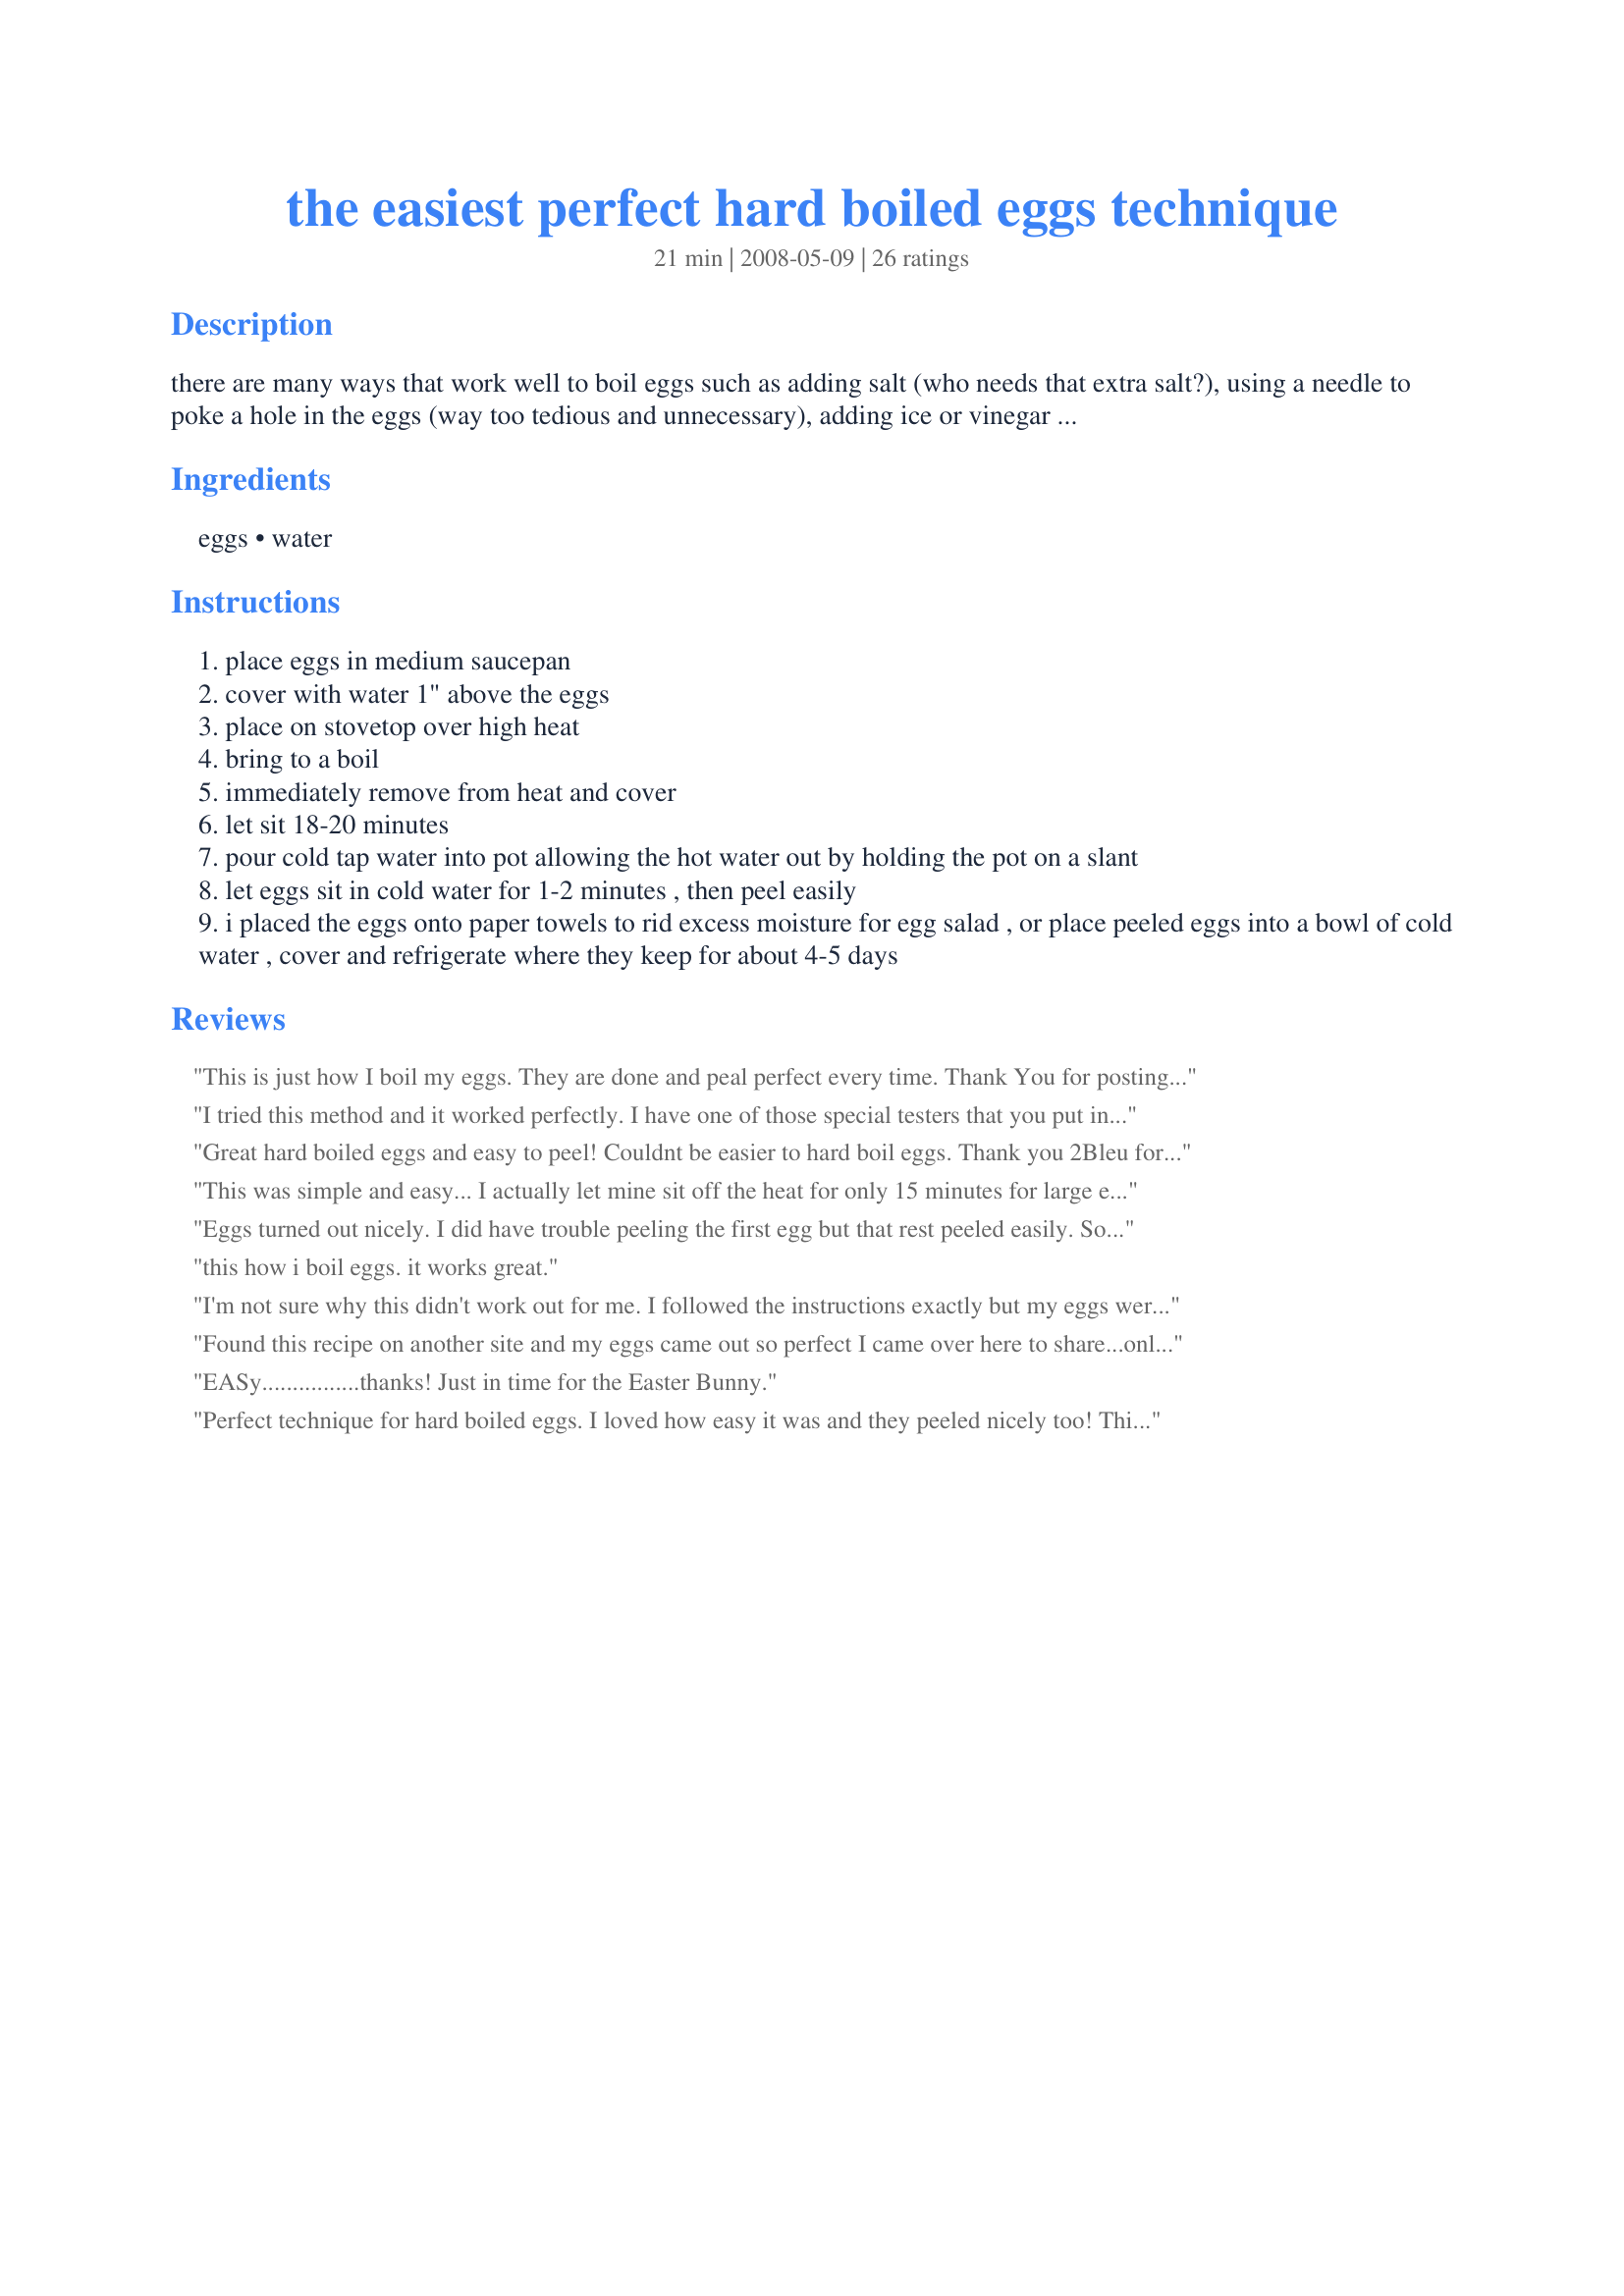
the easiest perfect hard boiled eggs technique
Preparation time: 21 minutes

there are many ways that work well to boil eggs such as adding salt (who needs that extra salt?), using a needle to poke a hole in the eggs (way too tedious and unnecessary), adding ice or vinegar for easy peeling, etc., etc., etc. unfortunately, those methods are all too time consuming for most people. i've been using this technique since i was a teenager (so long ago).
this technique is perfect and the absolute simplest above all the others. oh, and no utensils needed either, how cool is that!?! :) a similar method for pasta is recipe #30358

Ingredients:
eggs, water

Steps:
place eggs in medium saucepan
cover with water 1" above the eggs
place on stovetop over high heat
bring to a boil
immediately remove from heat and cover
let sit 18-20 minutes
pour cold tap water into pot allowing the hot water out by holding the pot on a slant
let eggs sit in cold water for 1-2 minutes , then peel easily
i placed the eggs onto paper towels to rid excess moisture for egg salad , or place peeled eggs into a bowl of cold water , cover and refrigerate where they keep for about 4-5 days

Reviews:
This is just how I boil my eggs. They are done and peal perfect every time. Thank You for posting. Hugs
I tried this method and it worked perfectly. I have one of those special testers that you put in the water and that doesn't give as good of results! I will do this everytime from now on. thanks!
Great hard boiled eggs and easy to peel! Couldnt be easier to hard boil eggs. Thank you 2Bleu for sharing this recipe with us. Made and reviewed for April's TOTM Easter Egg Tag Game.
This was simple and easy... I actually let mine sit off the heat for only 15 minutes for large eggs and they turned out beautiful!!! I let them sit in some ice cold water for 10 minutes ( I forgot about them!) before I got to peel them... I really like this method since it really does produce a pretty egg... Thanks for sharing!!!
Eggs turned out nicely. I did have trouble peeling the first egg but that rest peeled easily. So, it must of been the egg. Thanks! Made for the Best of 2009 Cookbook Swap.
this how i boil eggs. it works great.
I'm not sure why this didn't work out for me. I followed the instructions exactly but my eggs were so soft that they broke in half when I tried to peel them, and they didn't peel easily either.
Found this recipe on another site and my eggs came out so perfect I came over here to share...only to realize I could've found this recipe a long time ago thanks to your post. Wish I'd found this in time for Easter this year. I will never hard boil eggs any differently. The recipe I originally saw said to keep the eggs in hot water for 12 minutes. I didn't really time it...took my two-year-old for a walk and when I came back they were done. Easy! Thanks.
EASy................thanks! Just in time for the Easter Bunny.
Perfect technique for hard boiled eggs. I loved how easy it was and they peeled nicely too! This is the way I'll be doing my hard boiled eggs from now on. Thanks!!
I've given up on other ways to hard-cook and egg. Steaming works better than any other way I've tried, and the eggs always peel easily, fresh or not. It is also faster because the smaller amount of water needed to steam them comes to boil faster. I find about 12 minutes for large eggs works well. Try it. Once you do, it will be the way you hard-cook eggs in the future.
So the first time around, I failed to read the recipe closely enough, and didn't cover the pan -- this didn't turn out so good...but the second time, it was wonderful. Why waste all that energy cooking when the heated water will do the work all by itself? Thanks so for posting this idea, and reminding us that there is often a better way to do simple things....
Great big hunks of white peeled off with the shell...just like EVERY OTHER METHOD I have tried a lot of methods for hard boiling eggs. Don't get your hopes up on this one.
This worked for me! I definitely didn't want to fuss with vinegar and salt, too much of a hassle to boil eggs. 20 minutes and it was cooked through and the soak in cold water made them easy to peel. Thanks Lynnda :)
I made these yesterday for deviled eggs, cooked 12 eggs, per you'r instructions. Something went wrong, but I am trying to find out what, They looked perfect.. first sign of trouble was, I couldn't squeeze the yolk out of the white of the egg. I had to "dig" with a spoon, about 3/4 of the yolks out of the whites. Then when I proceeded to mash the yolks to prepare for deviled eggs, I had lumps of, uncooked egg yolks. They were rubbery. I suspect needed longer cooking for the extra eggs to be the culprit. All in all I love you'r cooking method and will use it any time I need hard boiled eggs. Thanks for posting 2Bleu.
I've been hard boiling eggs this way for a long time. Very easy and now I don't have to worry about forgetting my eggs and boiling them dry!
Wow! Great tip! At first I thought: Come on!How hard can it be to boil eggs?! Then, I remembered my DH, almost accomplish to burn them once. I like showing off to my friends with these kind of tips (anyway, since I'm on the zaar my dishes are most popular:_wink ) it makes me look as I've been cooking for a longer time than I actually do!
2Bleu, this is exactly how I boil my eggs. It works great every time!
This is a great technique. I used eggs that were not too old and they turned out perfect. I'll always do that from now on. Thanks 2Bleu :) Made for Alphabet tag game
Truly perfect way to cook hard boiled eggs. I usually pour the hot water into my dishpan to use for washing dishes (no dishwasher and our water is on a meter) and add ice cubes to the cold water. Before adding the ice water you can shake the pan to crack the egg shells a little which helps the cold water seep between the shell and the egg which makes for easier peeling too.
Perfection! I used this technique for my first attempt at hard boiled eggs and it didn't let me down! Directions are spot on. I did add some ice cubes to the cold water to cool the eggs quickly as I was using them for a recipe immediately. Peeling was easy-peasy. Thanks for sharing, 2Bleu!
Simple and fast. You don't need to do more.
I first learned this in home ec class (*gasp* almost 8 years ago), then saw it on Rachael Ray's 30 Minute Meals. It works perfectly every. single. time.
Exactly the way I do it and works fantabulous most all the time. Eggs usually peel easy, every once in awhile you might get one that wont. And who doesn't hates an egg that won't peel? I had WAY too many times the no peeling egg with other methods. Good for 2Bleu for posting!
Loved the simplicity of this. My eggs turned out perfect!
I wanted to make deviled eggs for thanksgiving dinner but I usually don&#039;t have very good success at boiling the eggs. So I tried this method. It worked great! I did have one problem though, not enough room on the platter for all the eggs that turned out wonderfully!
